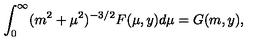
\int _ { 0 } ^ { \infty } ( m ^ { 2 } + \mu ^ { 2 } ) ^ { - 3 / 2 } F ( \mu , y ) d \mu = G ( m , y ) ,